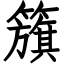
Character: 籏